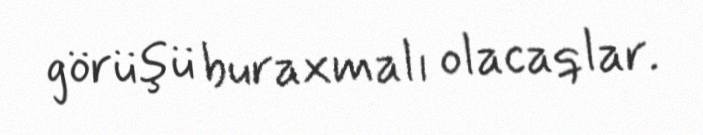
görüşü buraxmalı olacaqlar.